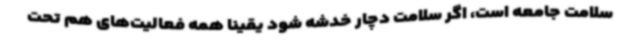
سلامت جامعه است، اگر سلامت دچار خدشه شود یقینا همه فعالیت‌های هم تحت